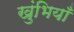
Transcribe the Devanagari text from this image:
खुंभियाँ